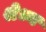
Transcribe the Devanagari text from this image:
श्रेध्य